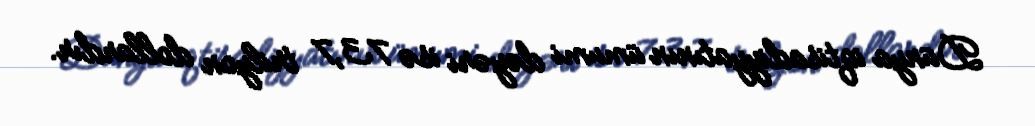
Dünya iqtisadiyyatının ümumi dəyəri isə 73,7 trilyon dollardır.